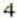
4